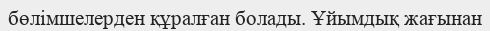
бөлімшелерден құралған болады. Ұйымдық жағынан